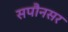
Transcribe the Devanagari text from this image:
सपौनसर